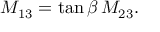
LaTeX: { \cal M } _ { 1 3 } = \tan \beta \, { \cal M } _ { 2 3 } .